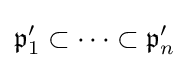
{\mathfrak {p}}'_{1}\subset \cdots \subset {\mathfrak {p}}'_{n}